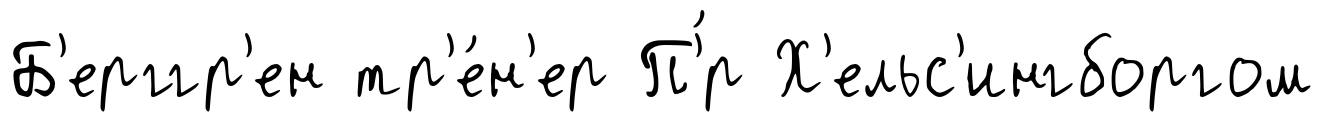
Б'ерггр'ен тр'е́н'ер П'́р Х'ельс'ингборгом